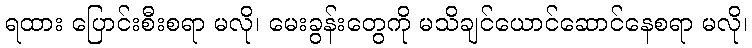
ရထား ပြောင်းစီးစရာ မလို၊ မေးခွန်းတွေကို မသိချင်ယောင်ဆောင်နေစရာ မလို၊